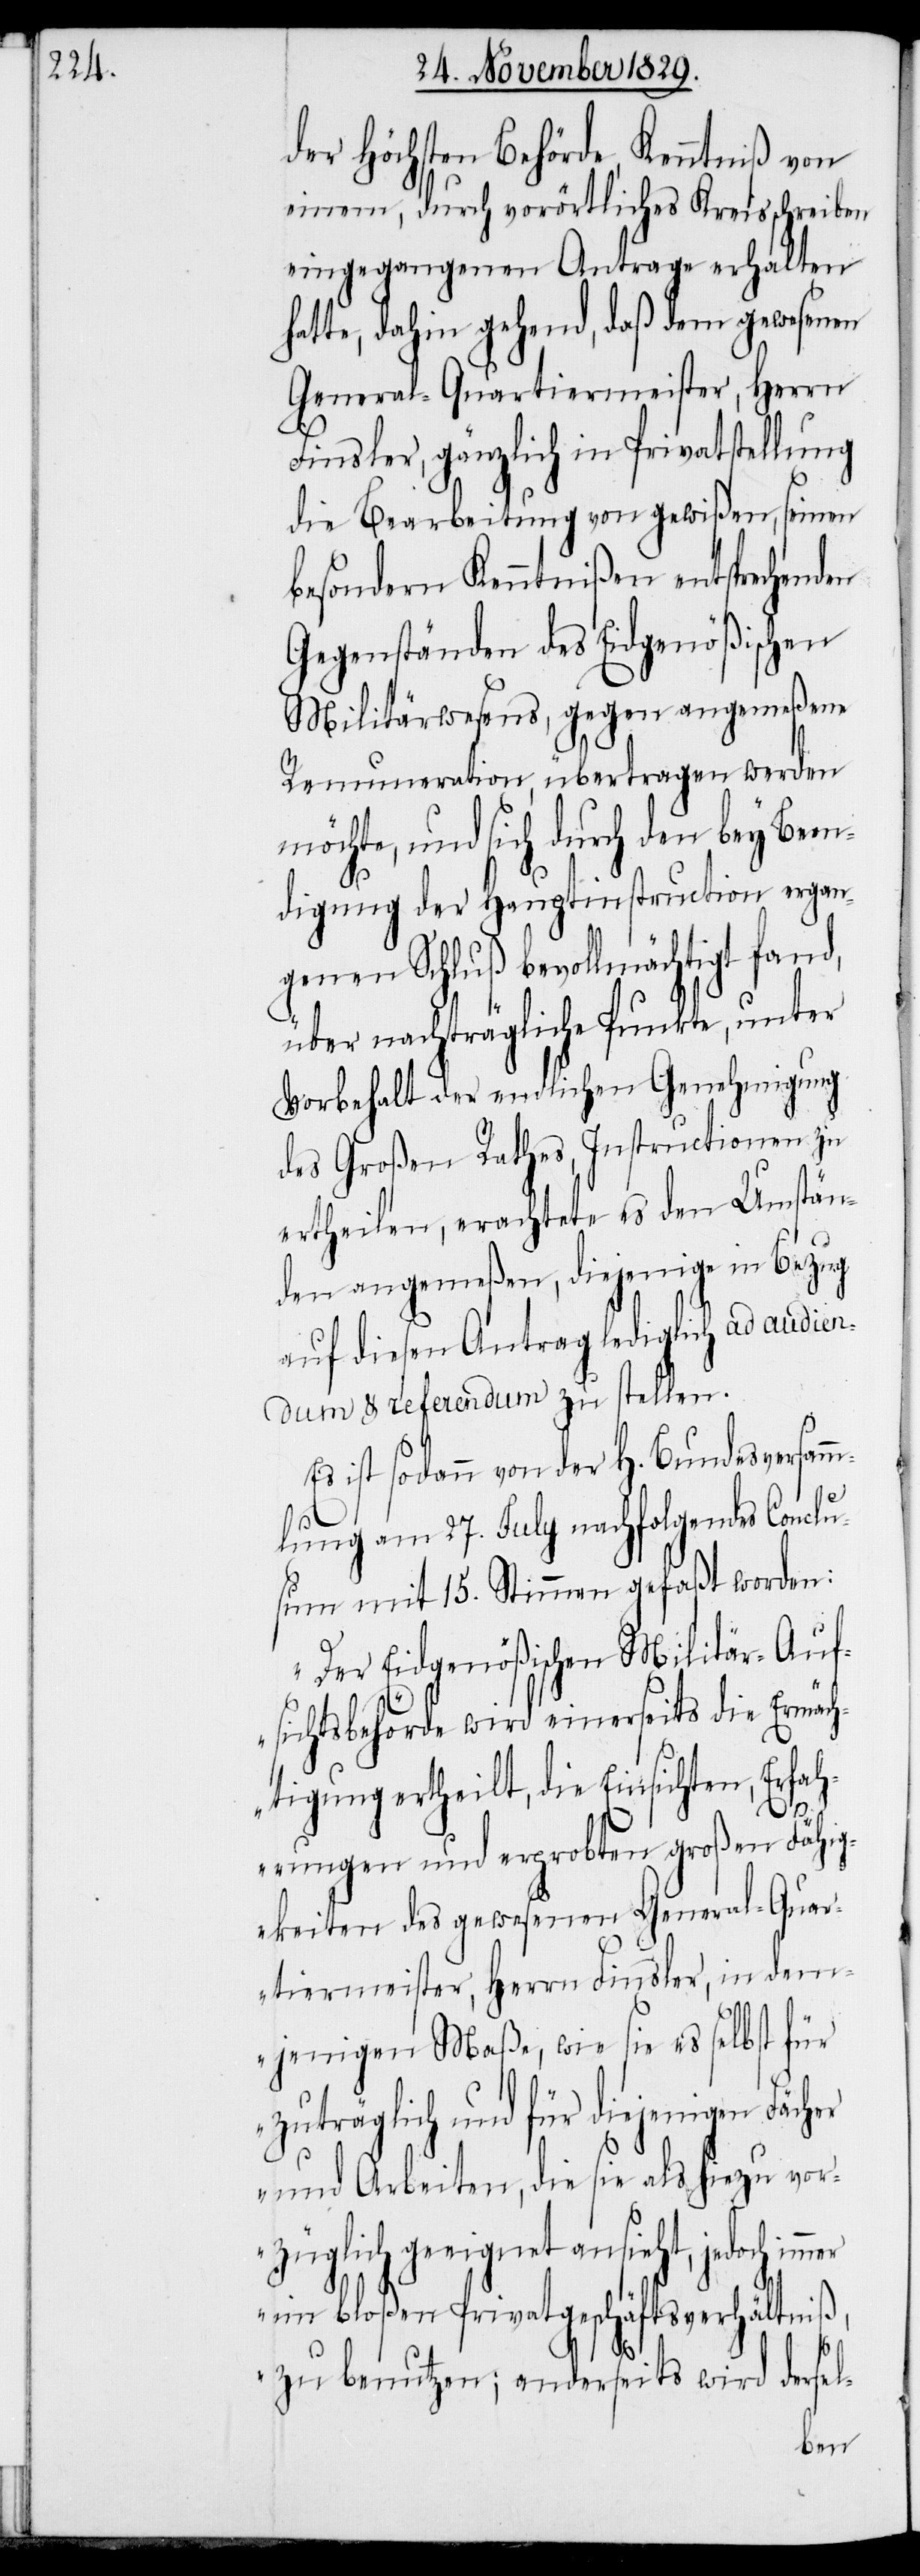
der Höchsten Behörde Kenntniß von
einem, durch vorörtliches Kreisschreiben
eingegangenen Antrage erhalten
hatte, dahin gehend, daß dem gewesenen
General-Quartiermeister, Herrn
Finsler, gänzlich in Privatstellung
die Bearbeitung von gewißen, seinen
besondern Kenntnißen entsprechenden
Gegenständen des Eidgenößischen
Militärwesens, gegen angemeßene
Remuneration, übertragen werden
möchte, und sich durch den bey Been¬
digung der Hauptinstruction ergan¬
genen Schluß bevollmächtigt fand,
über nachträgliche Punkte, unter
Vorbehalt der endlichen Genehmigung
des Großen Rathes, Instructionen zu
ertheilen, erachtete es den Umstän¬
den angemeßen, diejenige in Bezug
auf diesen Antrag lediglich ad audien¬
dum & referendum zu stellen.
Es ist sodann von der H. Bundesversam¬
mlung am 27. July nachfolgendes Conclu¬
sum mit 15. Stimmen gefaßt worden:
„Der Eidgenößischen Militär-Auf¬
sichtsbehörde wird einerseits die Ermäch¬
tigung ertheilt, die Einsichten, Erfah¬
rungen und erprobten großen Fähig¬
keiten des gewesenen General-Quar¬
tiermeister, Herrn Finsler, in dem¬
jenigen Maße, wie sie es selbst für
zuträglich und für diejenigen Fächer
und Arbeiten, die sie als hiezu vor¬
züglich geeignet ansieht, jedoch immer
im bloßen Privatgeschäftsverhältniß,
zu benutzen; anderseits wird dersel-